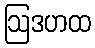
ဩဒဟထ